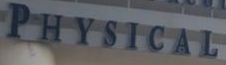
PHYSICAL